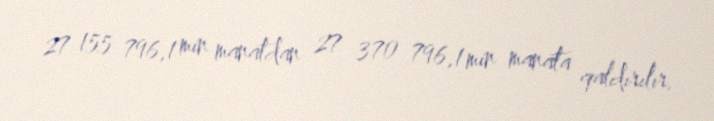
27 155 796,1 min manatdan 27 370 796,1 min manata qaldırılır.